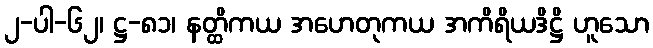
၂-ပါ-၆၂၊ ဋ္ဌ-၈၁၊ နတ္ထိကယ အဟေတုကယ အကိရိယဒိဋ္ဌိ ဟူသော